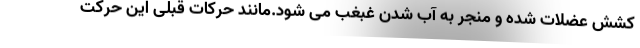
کشش عضلات شده و منجر به آب شدن غبغب می شود.مانند حرکات قبلی این حرکت